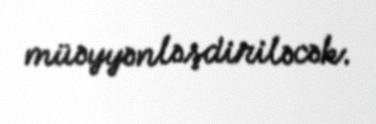
müəyyənləşdiriləcək.